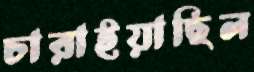
চারাইয়াছিল